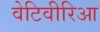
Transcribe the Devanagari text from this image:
वेटिवीरिआ